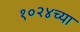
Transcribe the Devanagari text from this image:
१०२४च्या